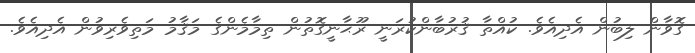
ގޮވާން ލިބުން އެދިއެވެ. ކުއްތާ ޤުރުބާންކުރަނީ ރޫޙާނީގޮތުން ތިމާމެންގެ މަޤާމު މަތިވެރިވުން އެދިއެވެ.